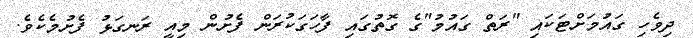
ދިވެހި ގައުމަށްޓަކައި "ރަތް ގައުމު"ގެ ގޮތުގައި ފާހަގަކުރަން ފެށުން މިއީ ރަނގަޅު ފެށުމެކެވެ.